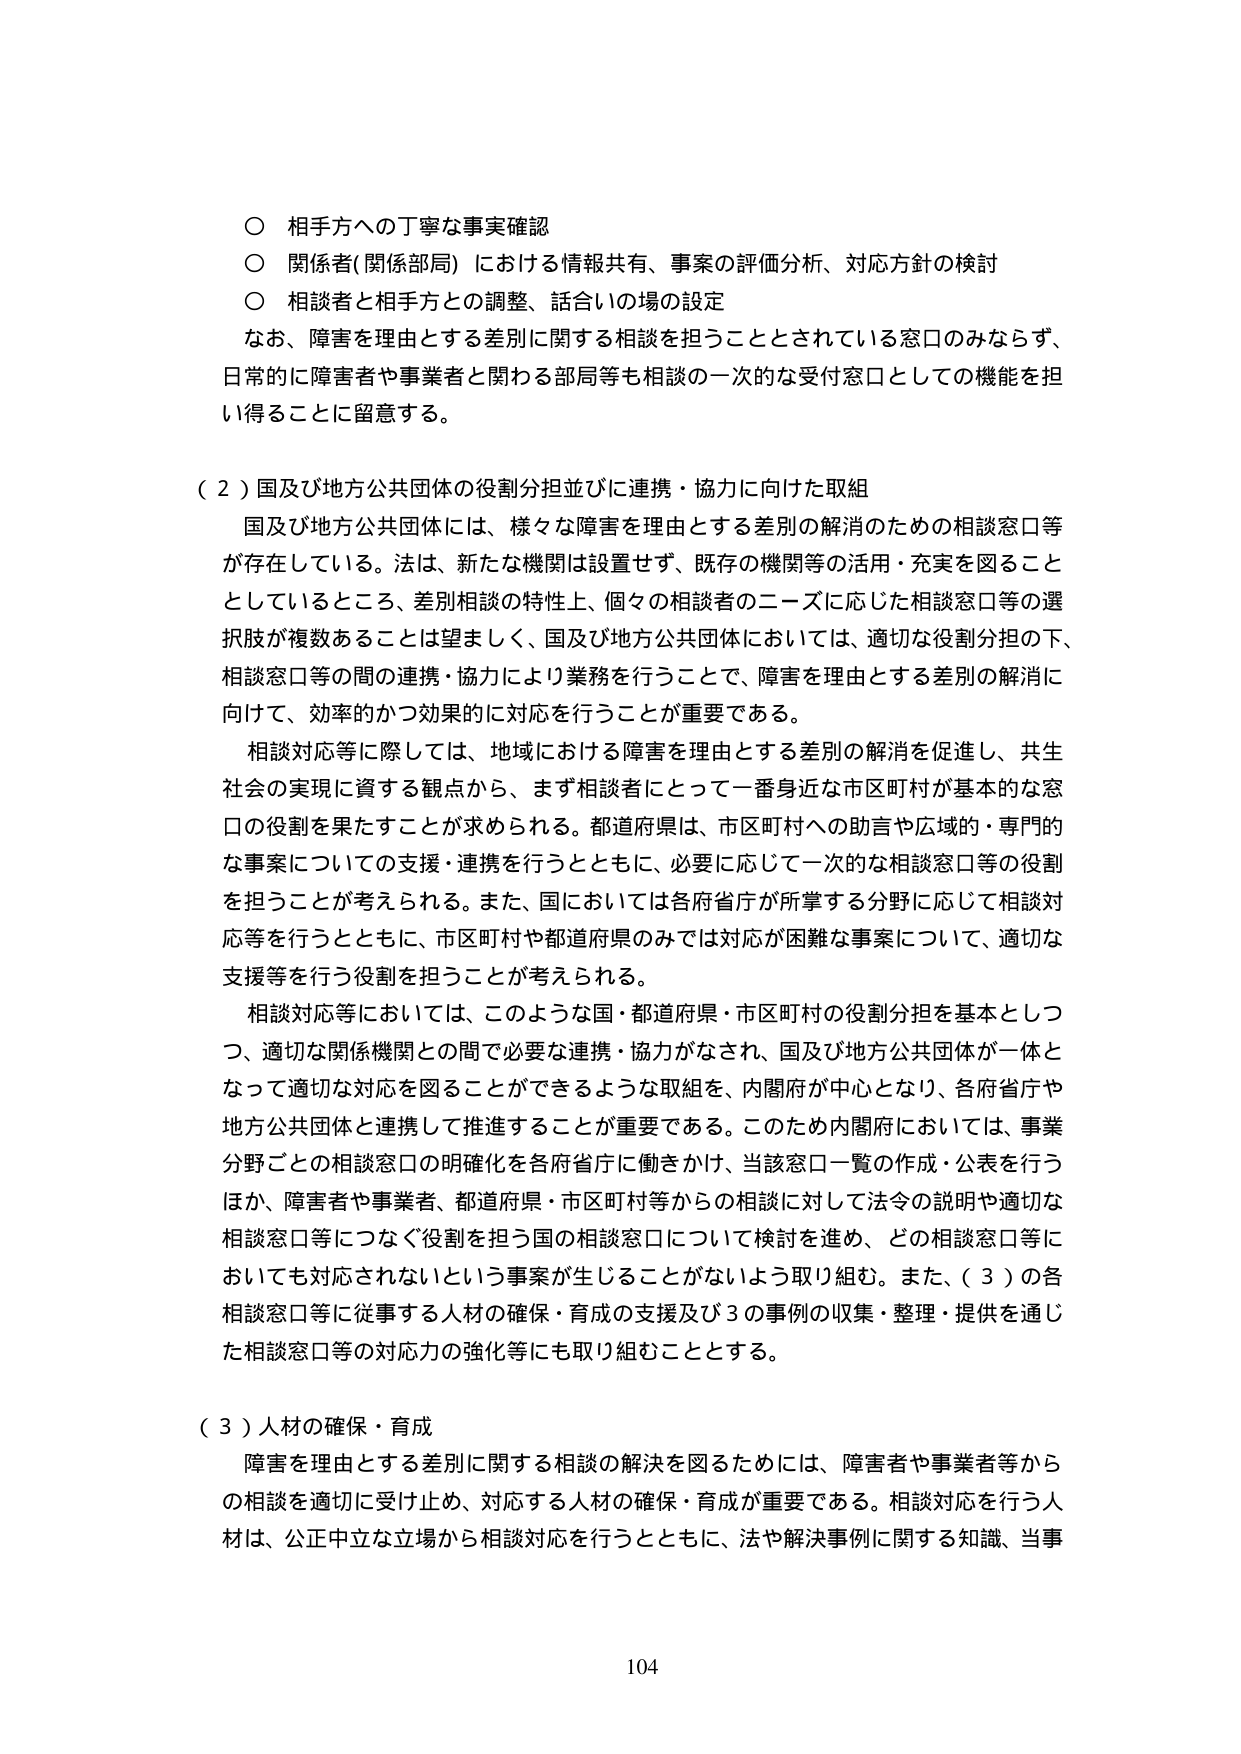
○ 相手方への丁寧な事実確認
○ 関係者（関係部局）における情報共有、事案の評価分析、対応方針の検討
○ 相談者と相手方との調整、話合いの場の設定

なお、障害を理由とする差別に関する相談を担うこととされている窓口のみならず、
日常的に障害者や事業者と関わる部局等も相談の一次的な受付窓口としての機能を担
い得ることに留意する。

（２）国及び地方公共団体の役割分担並びに連携・協力に向けた取組

国及び地方公共団体には、様々な障害を理由とする差別の解消のための相談窓口等
が存在している。法は、新たな機関は設置せず、既存の機関等の活用・充実を図ること
としているところ、差別相談の特性上、個々の相談者のニーズに応じた相談窓口等の選
択肢が複数あることは望ましく、国及び地方公共団体においては、適切な役割分担の下、
相談窓口等の間の連携・協力により業務を行うことで、障害を理由とする差別の解消に
向けて、効率的かつ効果的に対応を行うことが重要である。

相談対応等に際しては、地域における障害を理由とする差別の解消を促進し、共生
社会の実現に資する観点から、まず相談者にとって一番身近な市区町村が基本的な窓
口の役割を果たすことが求められる。都道府県は、市区町村への助言や広域的・専門的
な事案についての支援・連携を行うとともに、必要に応じて一次的な相談窓口等の役割
を担うことが考えられる。また、国においては各府省庁が所掌する分野に応じて相談対
応等を行うとともに、市区町村や都道府県のみでは対応が困難な事案について、適切な
支援等を行う役割を担うことが考えられる。

相談対応等においては、このような国・都道府県・市区町村の役割分担を基本としつ
つ、適切な関係機関との間で必要な連携・協力がなされ、国及び地方公共団体が一体と
なって適切な対応を図ることができるような取組を、内閣府が中心となり、各府省庁や
地方公共団体と連携して推進することが重要である。このため内閣府においては、事業
分野ごとの相談窓口の明確化を各府省庁に働きかけ、当該窓口一覧の作成・公表を行う
ほか、障害者や事業者、都道府県・市区町村等からの相談に対して法令の説明や適切な
相談窓口等につなぐ役割を担う国の相談窓口について検討を進め、どの相談窓口等に
おいても対応されないという事案が生じることがないよう取り組む。また、（３）の各
相談窓口等に従事する人材の確保・育成の支援及び３の事例の収集・整理・提供を通じ
た相談窓口等の対応力の強化等にも取り組むこととする。

（３）人材の確保・育成

障害を理由とする差別に関する相談の解決を図るためには、障害者や事業者等から
の相談を適切に受け止め、対応する人材の確保・育成が重要である。相談対応を行う人
材は、公正中立な立場から相談対応を行うとともに、法や解決事例に関する知識、当事

104